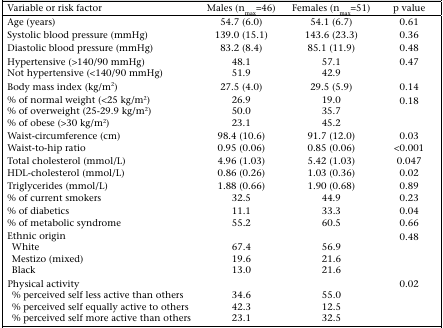
<table><thead><tr><td><b>Variable or risk factor</b></td><td><b>Males (n <sub>max</sub> =46)</b></td><td><b>Females (n <sub>max</sub> =51)</b></td><td><b>p value</b></td></tr></thead><tbody><tr><td>Age (years)</td><td>54.7 (6.0)</td><td>54.1 (6.7)</td><td>0.61</td></tr><tr><td>Systolic blood pressure (mmHg)</td><td>139.0 (15.1)</td><td>143.6 (23.3)</td><td>0.36</td></tr><tr><td>Diastolic blood pressure (mmHg)</td><td>83.2 (8.4)</td><td>85.1 (11.9)</td><td>0.48</td></tr><tr><td>Hypertensive (&gt;140/90 mmHg)</td><td>48.1</td><td>57.1</td><td>0.47</td></tr><tr><td>Not hypertensive (&lt;140/90 mmHg)</td><td>51.9</td><td>42.9</td><td></td></tr><tr><td>Body mass index (kg/m <sup>2</sup>)</td><td>27.5 (4.0)</td><td>29.5 (5.9)</td><td>0.14</td></tr><tr><td>% of normal weight (&lt;25 kg/m <sup>2</sup>)</td><td>26.9</td><td>19.0</td><td>0.18</td></tr><tr><td>of overweight (25-29.9 kg/m <sup>2</sup>)</td><td>50.0</td><td>35.7</td><td></td></tr><tr><td>% of obese (&gt;30 kg/m <sup>2</sup>)</td><td>23.1</td><td>45.2</td><td></td></tr><tr><td>Waist-circumference (cm)</td><td>98.4 (10.6)</td><td>91.7 (12.0)</td><td>0.03</td></tr><tr><td>Waist-to-hip ratio</td><td>0.95 (0.06)</td><td>0.85 (0.06)</td><td>&lt;0.001</td></tr><tr><td>Total cholesterol (mmol/L)</td><td>4.96 (1.03)</td><td>5.42 (1.03)</td><td>0.047</td></tr><tr><td>HDL-cholesterol (mmol/L)</td><td>0.86 (0.26)</td><td>1.03 (0.36)</td><td>0.02</td></tr><tr><td>Triglycerides (mmol/L)</td><td>1.88 (0.66)</td><td>1.90 (0.68)</td><td>0.89</td></tr><tr><td>% of current smokers</td><td>32.5</td><td>44.9</td><td>0.23</td></tr><tr><td>% of diabetics</td><td>11.1</td><td>33.3</td><td>0.04</td></tr><tr><td>% of metabolic syndrome</td><td>55.2</td><td>60.5</td><td>0.66</td></tr><tr><td>Ethnic origin</td><td></td><td></td><td>0.48</td></tr><tr><td>White</td><td>67.4</td><td>56.9</td><td></td></tr><tr><td>Mestizo (mixed)</td><td>19.6</td><td>21.6</td><td></td></tr><tr><td>Black</td><td>13.0</td><td>21.6</td><td></td></tr><tr><td>Physical activity</td><td></td><td></td><td>0.02</td></tr><tr><td>% perceived self less active than others</td><td>34.6</td><td>55.0</td><td></td></tr><tr><td>% perceived self equally active to others</td><td>42.3</td><td>12.5</td><td></td></tr><tr><td>% perceived self more active than others</td><td>23.1</td><td>32.5</td><td></td></tr></tbody></table>